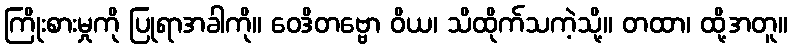
ကြိုးစားမှုကို ပြုရာအခါကို။ ဝေဒိတဗ္ဗော ဝိယ၊ သိထိုက်သကဲ့သို့။ တထာ၊ ထို့အတူ။